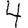
Digit: 4